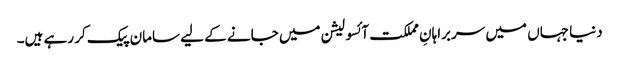
دنیا جہاں میں سربراہانِ مملکت آئسولیشن میں جانے کے لیے سامان پیک کر رہے ہیں۔